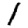
Digit: 1